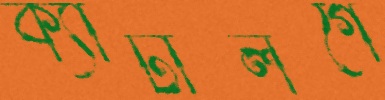
ক্যাটালগে